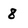
Character: 8